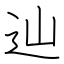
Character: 辿